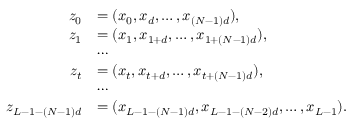
\begin{array} { r l } { z _ { 0 } } & { = ( x _ { 0 } , x _ { d } , \ldots , x _ { ( N - 1 ) d } ) , } \\ { z _ { 1 } } & { = ( x _ { 1 } , x _ { 1 + d } , \ldots , x _ { 1 + ( N - 1 ) d } ) , } \\ & { \cdots } \\ { z _ { t } } & { = ( x _ { t } , x _ { t + d } , \ldots , x _ { t + ( N - 1 ) d } ) , } \\ & { \cdots } \\ { z _ { L - 1 - ( N - 1 ) d } } & { = ( x _ { L - 1 - ( N - 1 ) d } , x _ { L - 1 - ( N - 2 ) d } , \ldots , x _ { L - 1 } ) . } \end{array}